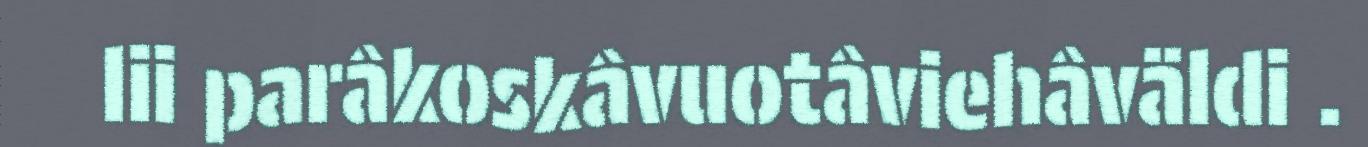
lii parâkoskâvuotâviehâväldi .